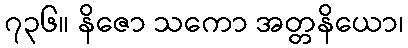
၇၃၆။ နိဇော သကော အတ္တနိယော၊